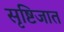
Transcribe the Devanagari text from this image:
सृष्टिजात